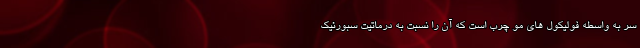
سر به واسطه فولیکول های مو چرب است که آن را نسبت به درماتیت سبورئیک